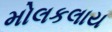
મોલકલાય